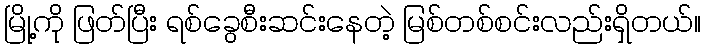
မြို့ကို ဖြတ်ပြီး ရစ်ခွေစီးဆင်းနေတဲ့ မြစ်တစ်စင်းလည်းရှိတယ်။